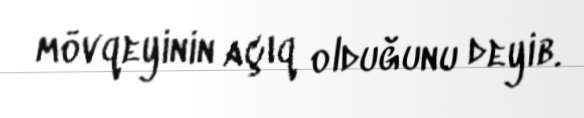
mövqeyinin açıq olduğunu deyib.